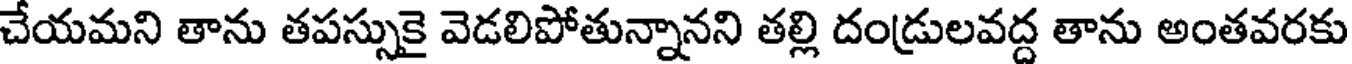
చేయమని తాను తపస్సుకై వెడలిపోతున్నానని తల్లి దండ్రులవద్ద తాను అంతవరకు